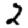
Digit: 2